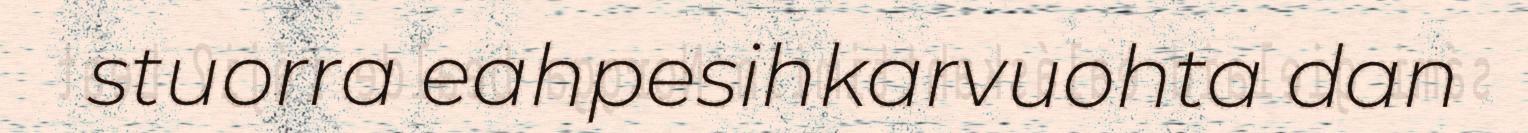
stuorra eahpesihkarvuohta dan